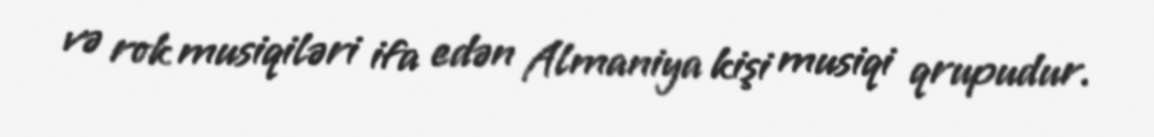
və rok musiqiləri ifa edən Almaniya kişi musiqi qrupudur.